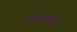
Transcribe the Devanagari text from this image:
हसण्यावारी